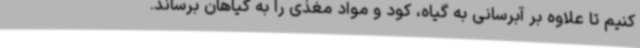
کنیم تا علاوه بر آبرسانی به گیاه، کود و مواد مغذی را به گیاهان برساند.